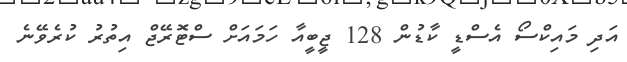
އަދި މައިކްސޯ އެސްޑީ ކާޑުން 128 ޖީބީއާ ހަމައަށް ސްޓޮރޭޖް އިތުރު ކުރެވޭނެ